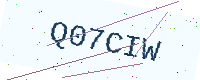
Text: Q07CIW